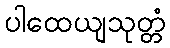
ပါထေယျသုတ္တံ